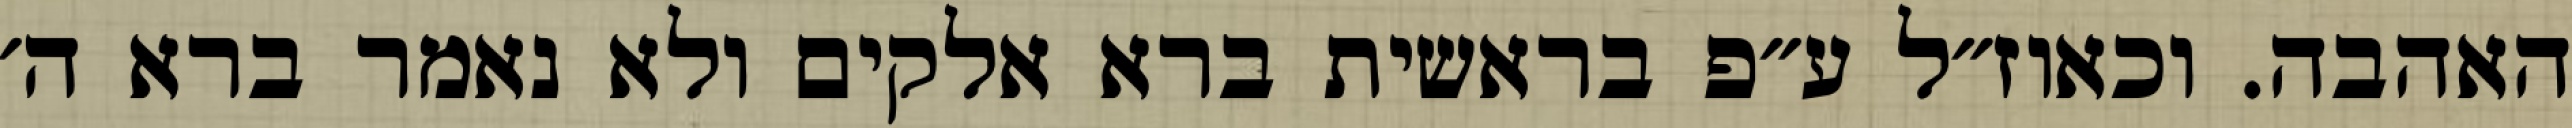
האהבה. וכאוז״ל ע״פ בראשית ברא אלקים ולא נאמר ברא ה׳